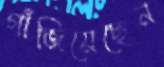
গাঁজিয়েছেন